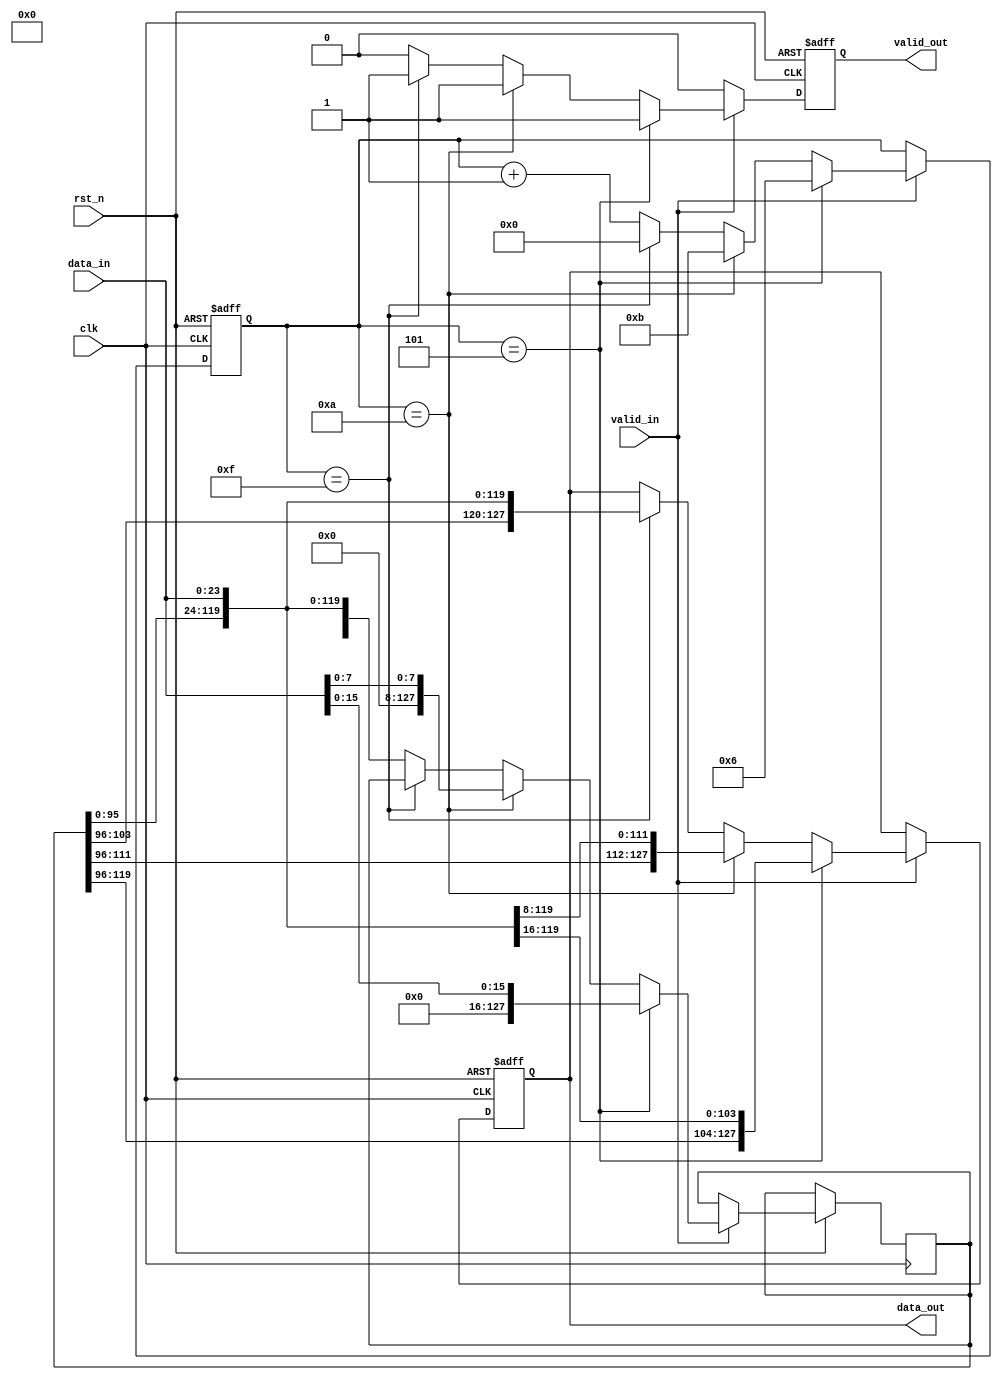
`timescale 1ns/1ns

module width_24to128(
	input 				clk 		,   
	input 				rst_n		,
	input				valid_in	,
	input	[23:0]		data_in		,
 
 	output	reg			valid_out	,
	output  reg [127:0]	data_out
);

    reg [3:0] cnt;
    reg [127:0] data;

always @(posedge clk or negedge rst_n) begin
    if (!rst_n) begin
        valid_out <= 0;
        data_out <= 0;
        cnt <= 0;
    end
    else if (valid_in) begin
        if (cnt==5) begin 			//24+24+24+24+24+8
            cnt <= 6;
            data_out <= {data[119:0], data_in[23:16]};
            data <= data_in[15:0];  //16
            valid_out <= 1;
        end
        else if (cnt==10) begin		//16+24+24+24+24+16
            cnt <= 11;
            data_out <= {data[111:0], data_in[23:8]};
            data <= data_in[7:0];   //8
            valid_out <= 1;
        end
        else if (cnt==15) begin		//8+24+24+24+24+24
            cnt <= 0;
            data_out <= {data[103:0], data_in[23:0]};
            valid_out <= 1;
        end
        else begin					//
            cnt <= cnt+1;
            data <= {data[95:0], data_in[23:0]};
            valid_out <= 0;
        end
    end
    else
        valid_out <= 0;
end

endmodule